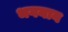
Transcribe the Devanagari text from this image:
भगनान